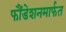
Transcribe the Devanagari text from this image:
फौंडेशनमार्फत